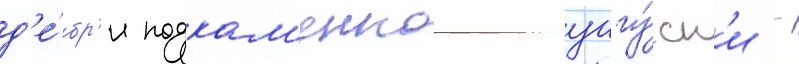
д'е́бр'и подкам'еннои тунгу́ск'и -